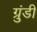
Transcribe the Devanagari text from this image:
ग्रुंडी